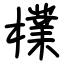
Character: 檏